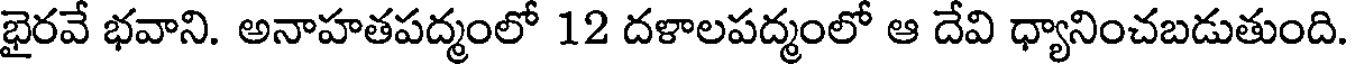
భైరవే భవాని. అనాహతపద్మంలో 12 దళాలపద్మంలో ఆ దేవి ధ్యానించబడుతుంది